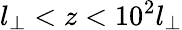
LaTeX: l_{\perp}<z<10^{2}l_{\perp}